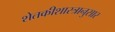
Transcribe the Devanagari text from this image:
शेतकीशास्त्रानुसार